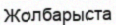
Жолбарыста